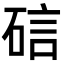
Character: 䂴